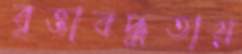
বৃত্তাবদ্ধতায়